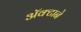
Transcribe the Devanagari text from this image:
अॅक्टाने